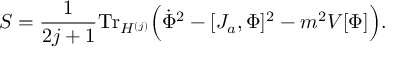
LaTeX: S = \frac { 1 } { 2 j + 1 } \mathrm { T r } _ { { \cal H } ^ { ( j ) } } \Big ( \dot { \Phi } ^ { 2 } - [ J _ { a } , \Phi ] ^ { 2 } - m ^ { 2 } V [ \Phi ] \Big ) .